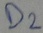
Text: D2